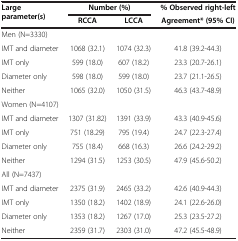
| <ROWSPAN=2> Large parameter(s) | <COLSPAN=2> Number (%) | % Observed right-left |
 | RCCA | LCCA | Agreement* (95% CI) |
 | --- | --- | --- | --- |
 | Men (N=3330) |  |  |  |
 | IMT and diameter | 1068 (32.1) | 1074 (32.3) | 41.8 (39.2-44.3) |
 | IMT only | 599 (18.0) | 607 (18.2) | 23.3 (20.7-26.1) |
 | Diameter only | 598 (18.0) | 599 (18.0) | 23.7 (21.1-26.5) |
 | Neither | 1065 (32.0) | 1050 (31.5) | 46.3 (43.7-48.9) |
 | Women (N=4107) |  |  |  |
 | IMT and diameter | 1307 (31.82) | 1391 (33.9) | 43.3 (40.9-45.6) |
 | IMT only | 751 (18.29) | 795 (19.4) | 24.7 (22.3-27.4) |
 | Diameter only | 755 (18.4) | 668 (16.3) | 26.6 (24.2-29.2) |
 | Neither | 1294 (31.5) | 1253 (30.5) | 47.9 (45.6-50.2) |
 | All (N=7437) |  |  |  |
 | IMT and diameter | 2375 (31.9) | 2465 (33.2) | 42.6 (40.9-44.3) |
 | IMT only | 1350 (18.2) | 1402 (18.9) | 24.1 (22.6-26.0) |
 | Diameter only | 1353 (18.2) | 1267 (17.0) | 25.3 (23.5-27.2) |
 | Neither | 2359 (31.7) | 2303 (31.0) | 47.2 (45.5-48.9) |